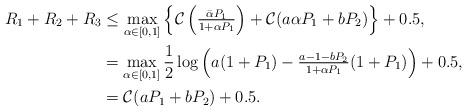
LaTeX: \begin{align*} R_1+R_2+R_3&\leq \max_{\alpha\in[0,1]}\left\{\mathcal{C}\left(\tfrac{\bar{\alpha}P_1}{1+\alpha P_1}\right) + \mathcal{C} (a\alpha P_1+bP_2) \right\} + 0.5,\\&=\max_{\alpha\in[0,1]}\frac{1}{2}\log\left( a(1+P_1) -\tfrac{a-1-bP_2}{1+\alpha P_1}(1+P_1) \right) + 0.5,\\&=\mathcal{C}(aP_1+bP_2)+0.5.\end{align*}